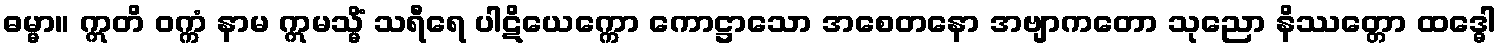
ဓမ္မာ။ ဣတိ ဝက္ကံ နာမ ဣမသ္မိံ သရီရေ ပါဋိယေက္ကော ကောဋ္ဌာသော အစေတနော အဗျာကတော သုညော နိဿတ္တော ထဒ္ဓေါ